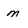
Character: m